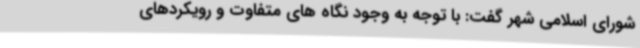
شورای اسلامی شهر گفت: با توجه به وجود نگاه های متفاوت و رویکردهای